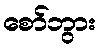
စော်ဘွား